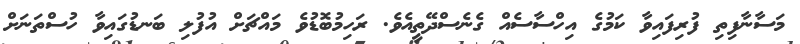
މަސާނާފިތި ފުރިފައިވާ ކަމުގެ އިހްސާސެއް ގެނެސްދޭތީއެވެ. ރަހިމުބޮޑުވެ މައްޗަށް އުފުލި ބަނޑުގައިވާ ހުސްތަނަށް